Civil Veterinary Department Bengal reports 1923-33 - 1923-1933
Year: 1923
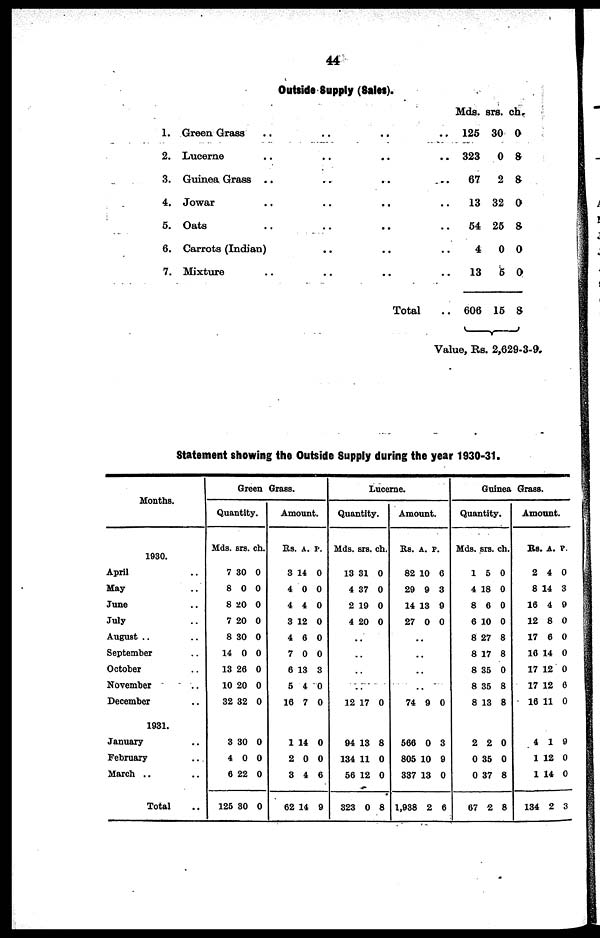
44
Outside 8upply (8ales).
1.
2.
3.
4.
5.
6.
7.
Green Grass .. .. .. ..
Lucerne .. .. .. ..
Guinea Grass .. .. .. ..
Jowar .. .. .. ..
Oats .. .. .. ..
Carrots (Indian) .. .. .. ..
Mixture .. .. .. ..
Total ..
Mds.
125
323
67
13
54
4
13
606
srs. ch.
30 0
0 8
2 8
32 0
25 8
0 0
5 0
15 8
Value, Rs. 2,629-3-9.
Statement showing the Outside Supply during the year 1930-31.
Months.
1930.
April ..
May ..
June ..
July ..
August .. ..
September ..
October ..
November ..
December ..
1931.
January ..
February ..
March .. ..
Total ..
Green Grass.
Quantity.
Mds.
7
8
8
7
8
14
13
10
32
3
4
6
125
srs.
30
0
20
20
30
0
26
20
32
30
0
22
30
ch.
0
0
0
0
0
0
0
0
0
0
0
0
0
Amount.
Rs.
3
4
4
3
4
7
6
5
16
1
2
3
62
A.
14
0
4
12
6
0
13
4
7
14
0
4
14
P.
0
0
0
0
0
0
3
0
0
0
0
6
0
Lucerne.
Quantity.
Mds.
13
4
2
4
..
..
..
..
12
94
134
56
323
srs.
31
37
19
20
17
13
11
12
0
ch.
0
0
0
0
0
8
0
0
8
Amount.
Rs.
82
29
14
27
..
..
..
..
74
566
805
337
1,938
A. p
10
9
13
0
9
0
10
13
2
.
6
3
9
0
0
3
9
0
6
Guinea Grass.
Quantity.
Mds.
1
4
8
6
8
8
8
8
8
2
0
0
67
srs.
5
18
6
10
27
17
35
35
13
2
35
37
2
ch.
0
0
0
0
8
8
0
8
8
0
0
8
8
Amount.
RS.
2
8 1
16
12
17
16
17
17
16
4
1
1
134
A.
4
4
4
8
6
14
12
12
11
1
12
14
2
P.
0
3
9
0
0
0
0
6
0
9
0
0
3